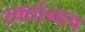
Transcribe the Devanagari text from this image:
रक्‍तांनाच